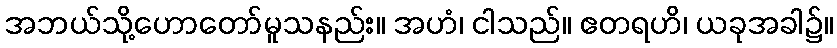
အဘယ်သို့ဟောတော်မူသနည်း။ အဟံ၊ ငါသည်။ ဧတရဟိ၊ ယခုအခါ၌။